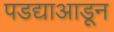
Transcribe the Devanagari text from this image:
पडद्याआडून